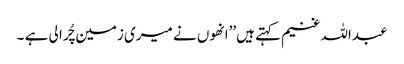
عبداللہ غنیم کہتے ہیں’’انھوں نے میری زمین چُرا لی ہے ۔